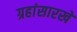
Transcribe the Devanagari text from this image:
ग्रहांसारखे